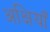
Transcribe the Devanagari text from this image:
अक्षियाँ